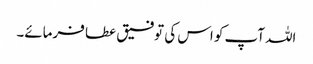
اللہ آپ کو اس کی توفیق عطا فرمائے۔